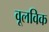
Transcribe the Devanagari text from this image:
वूलविक